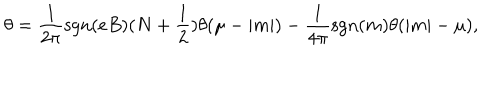
LaTeX: \theta = \frac { 1 } { 2 \pi } \mathrm { s g n } ( e B ) ( N + \frac { 1 } { 2 } ) \theta ( \mu - | m | ) - \frac { 1 } { 4 \pi } \mathrm { s g n } ( m ) \theta ( | m | - \mu ) ,